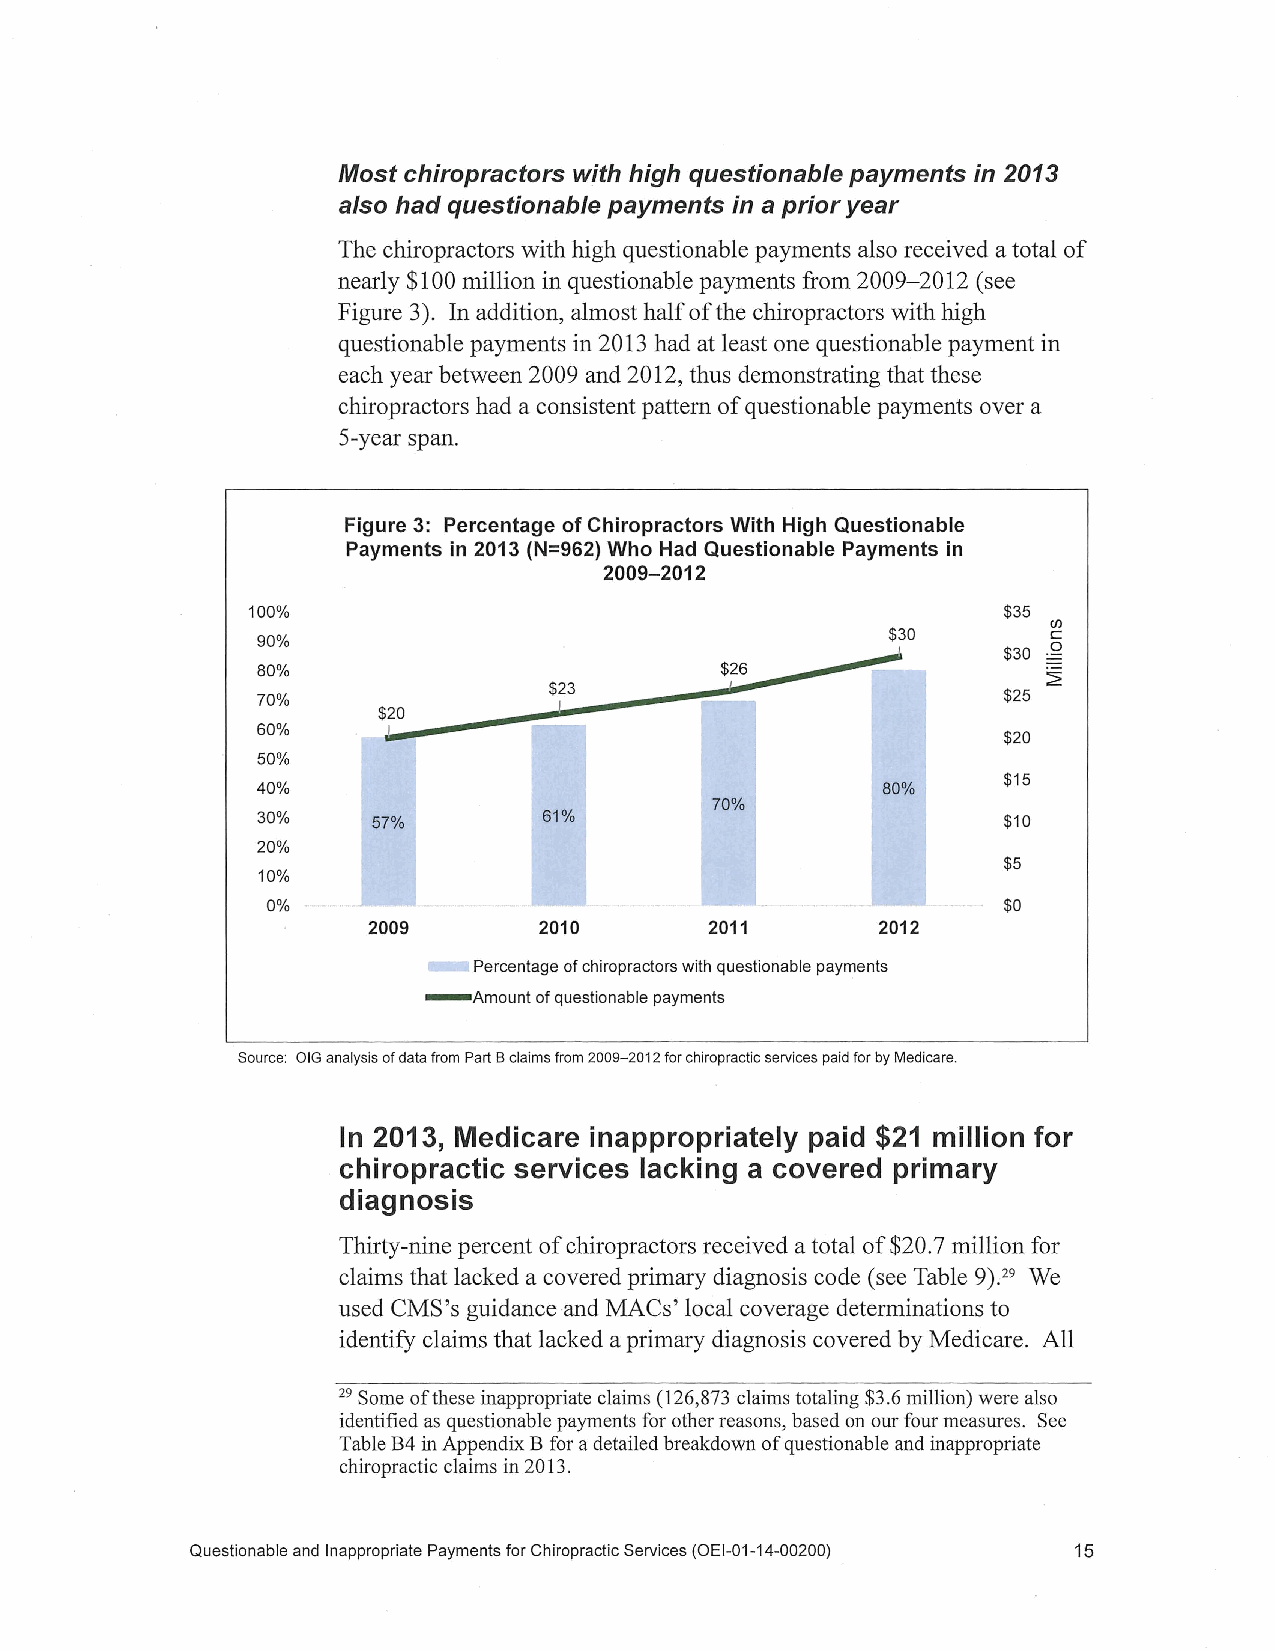
Most chiropractors with high questionable payments in 2013
 also had questionable payments in a prior year
 The chiropractors with high questionable payments also received a total of
 nearly $100 million in questionable payments from 2009-2012 (see
 Figure 3). In addition, almost half of the chiropractors with high
 questionable payments in 2013 had at least one questionable payment in
 each year between 2009 and 2012, thus demonstrating that these
 chiropractors had a consistent pattern of questionable payments over a
 5-year span.
 Figure 3: Percentage of Chiropractors With High Questionable
 Payments in 2013 (N=962) Who Had Questionable Payments in
 2009-2012
 100%                                              $35
 Cf)
 $30        c
 90%
 $30 .Q
 80%
 $23                             ~
 70%                                               $25
 $20         d
 60%      J.a
 $20
 50%
 $15
 40%                                       80%
 70%
 30%     57%        61%                            $10
 20%
 $5
 10%
 0%                                               $0
 2009       2010       2011       2012
 Percentage of chiropractors with questionable payments
 -  Amount of questionable payments
 Source: OIG analysis of data from Part B claims from 2009-2012 for chiropractic services paid for by Medicare.
 In 2013, Medicare inappropriately paid $21 million for
 chiropractic services lacking a covered primary
 diagnosis
 Thirty-nine percent of chiropractors received a total of $20.7 million for
 claims that lacked a covered primary diagnosis code (see Table 9);29 We
 used CMS 's guidance and MACs' local coverage determinations to
 identify claims that lacked a primary diagnosis covered by Medicare. All
 29 Some of these inappropriate claims (126,873 claims totaling $3.6 million) were also
 identified as questionable payments for other reasons, based on our four measures. See
 Table B4 in Appendix B for a detailed breakdown of questionable and inappropriate
 chiropractic claims in 2013 .
 Questionable and Inappropriate Payments for Chiropractic Services (OEl-01 -14-00200) 15